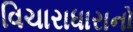
વિચારાધારાનો